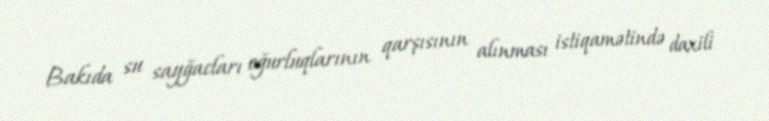
Bakıda su sayğacları oğurluqlarının qarşısının alınması istiqamətində daxili